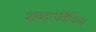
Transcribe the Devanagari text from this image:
शब्दार्थवैचित्र्य